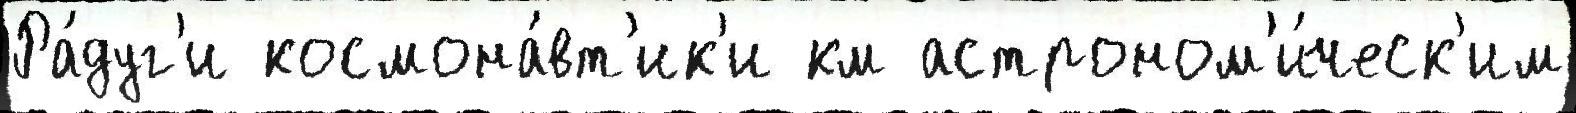
Ра́дуг'и космона́вт'ик'и км астроном'и́ческ'им